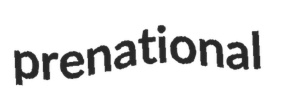
prenational